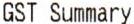
GST SUMMARY